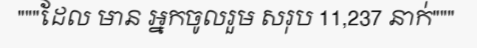
"""ដែល មាន អ្នកចូលរួម សរុប 11,237 នាក់"""